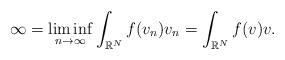
LaTeX: \begin{align*}\infty =\liminf_{n\rightarrow \infty} \int_{\mathbb R^N} f( v_n)v_n=\int_{\mathbb R^N} f( v)v.\end{align*}